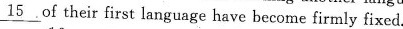
\underline{15} of their first language have become firmly fixed.